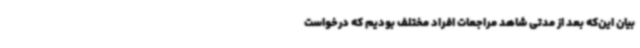
بیان این‌که بعد از مدتی شاهد مراجعات افراد مختلف بودیم که درخواست